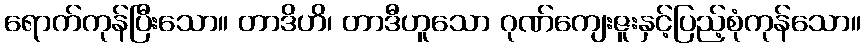
ရောက်ကုန်ပြီးသော။ တာဒိဟိ၊ တာဒီဟူသော ဂုဏ်ကျေးဇူးနှင့်ပြည့်စုံကုန်သော။